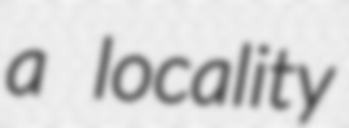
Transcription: a locality